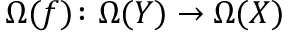
\Omega ( f ) \colon \Omega ( Y ) \to \Omega ( X )